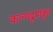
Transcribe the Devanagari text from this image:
कल्पद्रुमांकुर